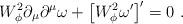
LaTeX: \begin{align*}W_\phi^2 \partial_\mu\partial^\mu \omega +\left[W_\phi^2 \omega^\prime \right]^\prime=0~.\end{align*}